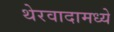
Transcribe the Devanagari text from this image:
थेरवादामध्ये